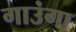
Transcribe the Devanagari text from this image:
गाउंगा